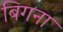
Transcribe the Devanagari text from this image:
बिगना